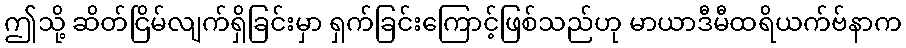
ဤသို့ ဆိတ်ငြိမ်လျက်ရှိခြင်းမှာ ရှက်ခြင်းကြောင့်ဖြစ်သည်ဟု မာယာဒီမီထရိယက်ဗ်နာက